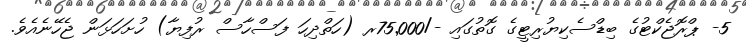
5- ޕްރޮޖެކްޓުގެ ބިޑްސެކިޔުރިޓީގެ ގޮތުގައި -/75